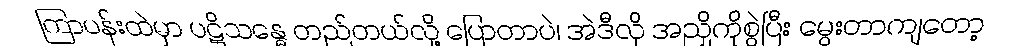
ကြာပန်းထဲမှာ ပဋိသန္ဓေ တည်တယ်လို့ ပြောတာပဲ၊ အဲဒီလို အညှိကိုစွဲပြီး မွေးတာကျတော့